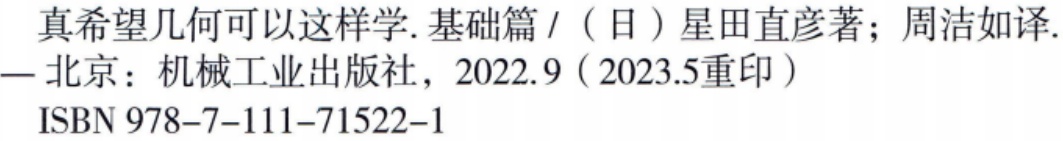
真希望几何可以这样学.基础篇/（日）星田直彦著；周洁如译.

—北京：机械工业出版社，2022.9（2023.5重印）

ISBN 978-7-111-71522-1